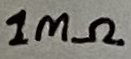
Text: 1MΩ